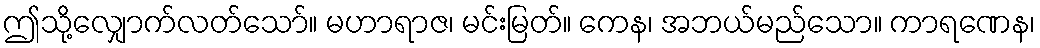
ဤသို့လျှောက်လတ်သော်။ မဟာရာဇ၊ မင်းမြတ်။ ကေန၊ အဘယ်မည်သော။ ကာရဏေန၊